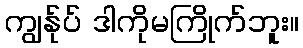
ကျွန်ုပ် ဒါကိုမကြိုက်ဘူး။